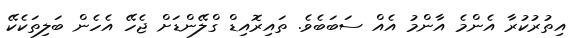
އިތުރުކުރާ އެންމެ އާންމު އެއް ސަބަބެވެ. ތައިރޮއިޑް ގްލޭންޑަށް ޖެހޭ އެހެން ބަލިތަކެކޭ